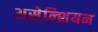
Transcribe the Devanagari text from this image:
असेन्शियन